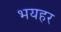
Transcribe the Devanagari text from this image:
भयहर